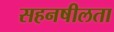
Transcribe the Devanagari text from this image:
सहनषीलता